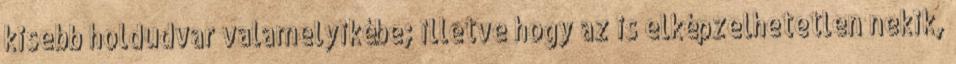
kisebb holdudvar valamelyikébe; illetve hogy az is elképzelhetetlen nekik,